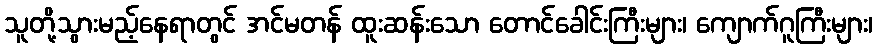
သူတို့သွားမည့်နေရာတွင် အင်မတန် ထူးဆန်းသော တောင်ခေါင်းကြီးများ၊ ကျောက်ဂူကြီးများ၊